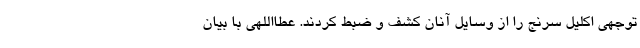
توجهی اکلیل سرنج را از وسایل آنان کشف و ضبط کردند. عطااللهی با بیان